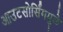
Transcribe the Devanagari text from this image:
आउटसोर्सिंगमुळे